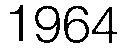
1964